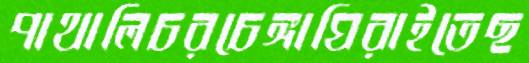
পাথালিচরচেঙ্গাঘিরাইতেছ